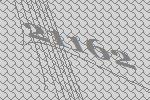
21162